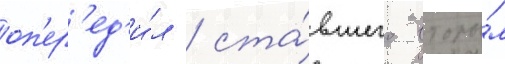
оп'ер'ед'и́л / ста́вшего вторы́м